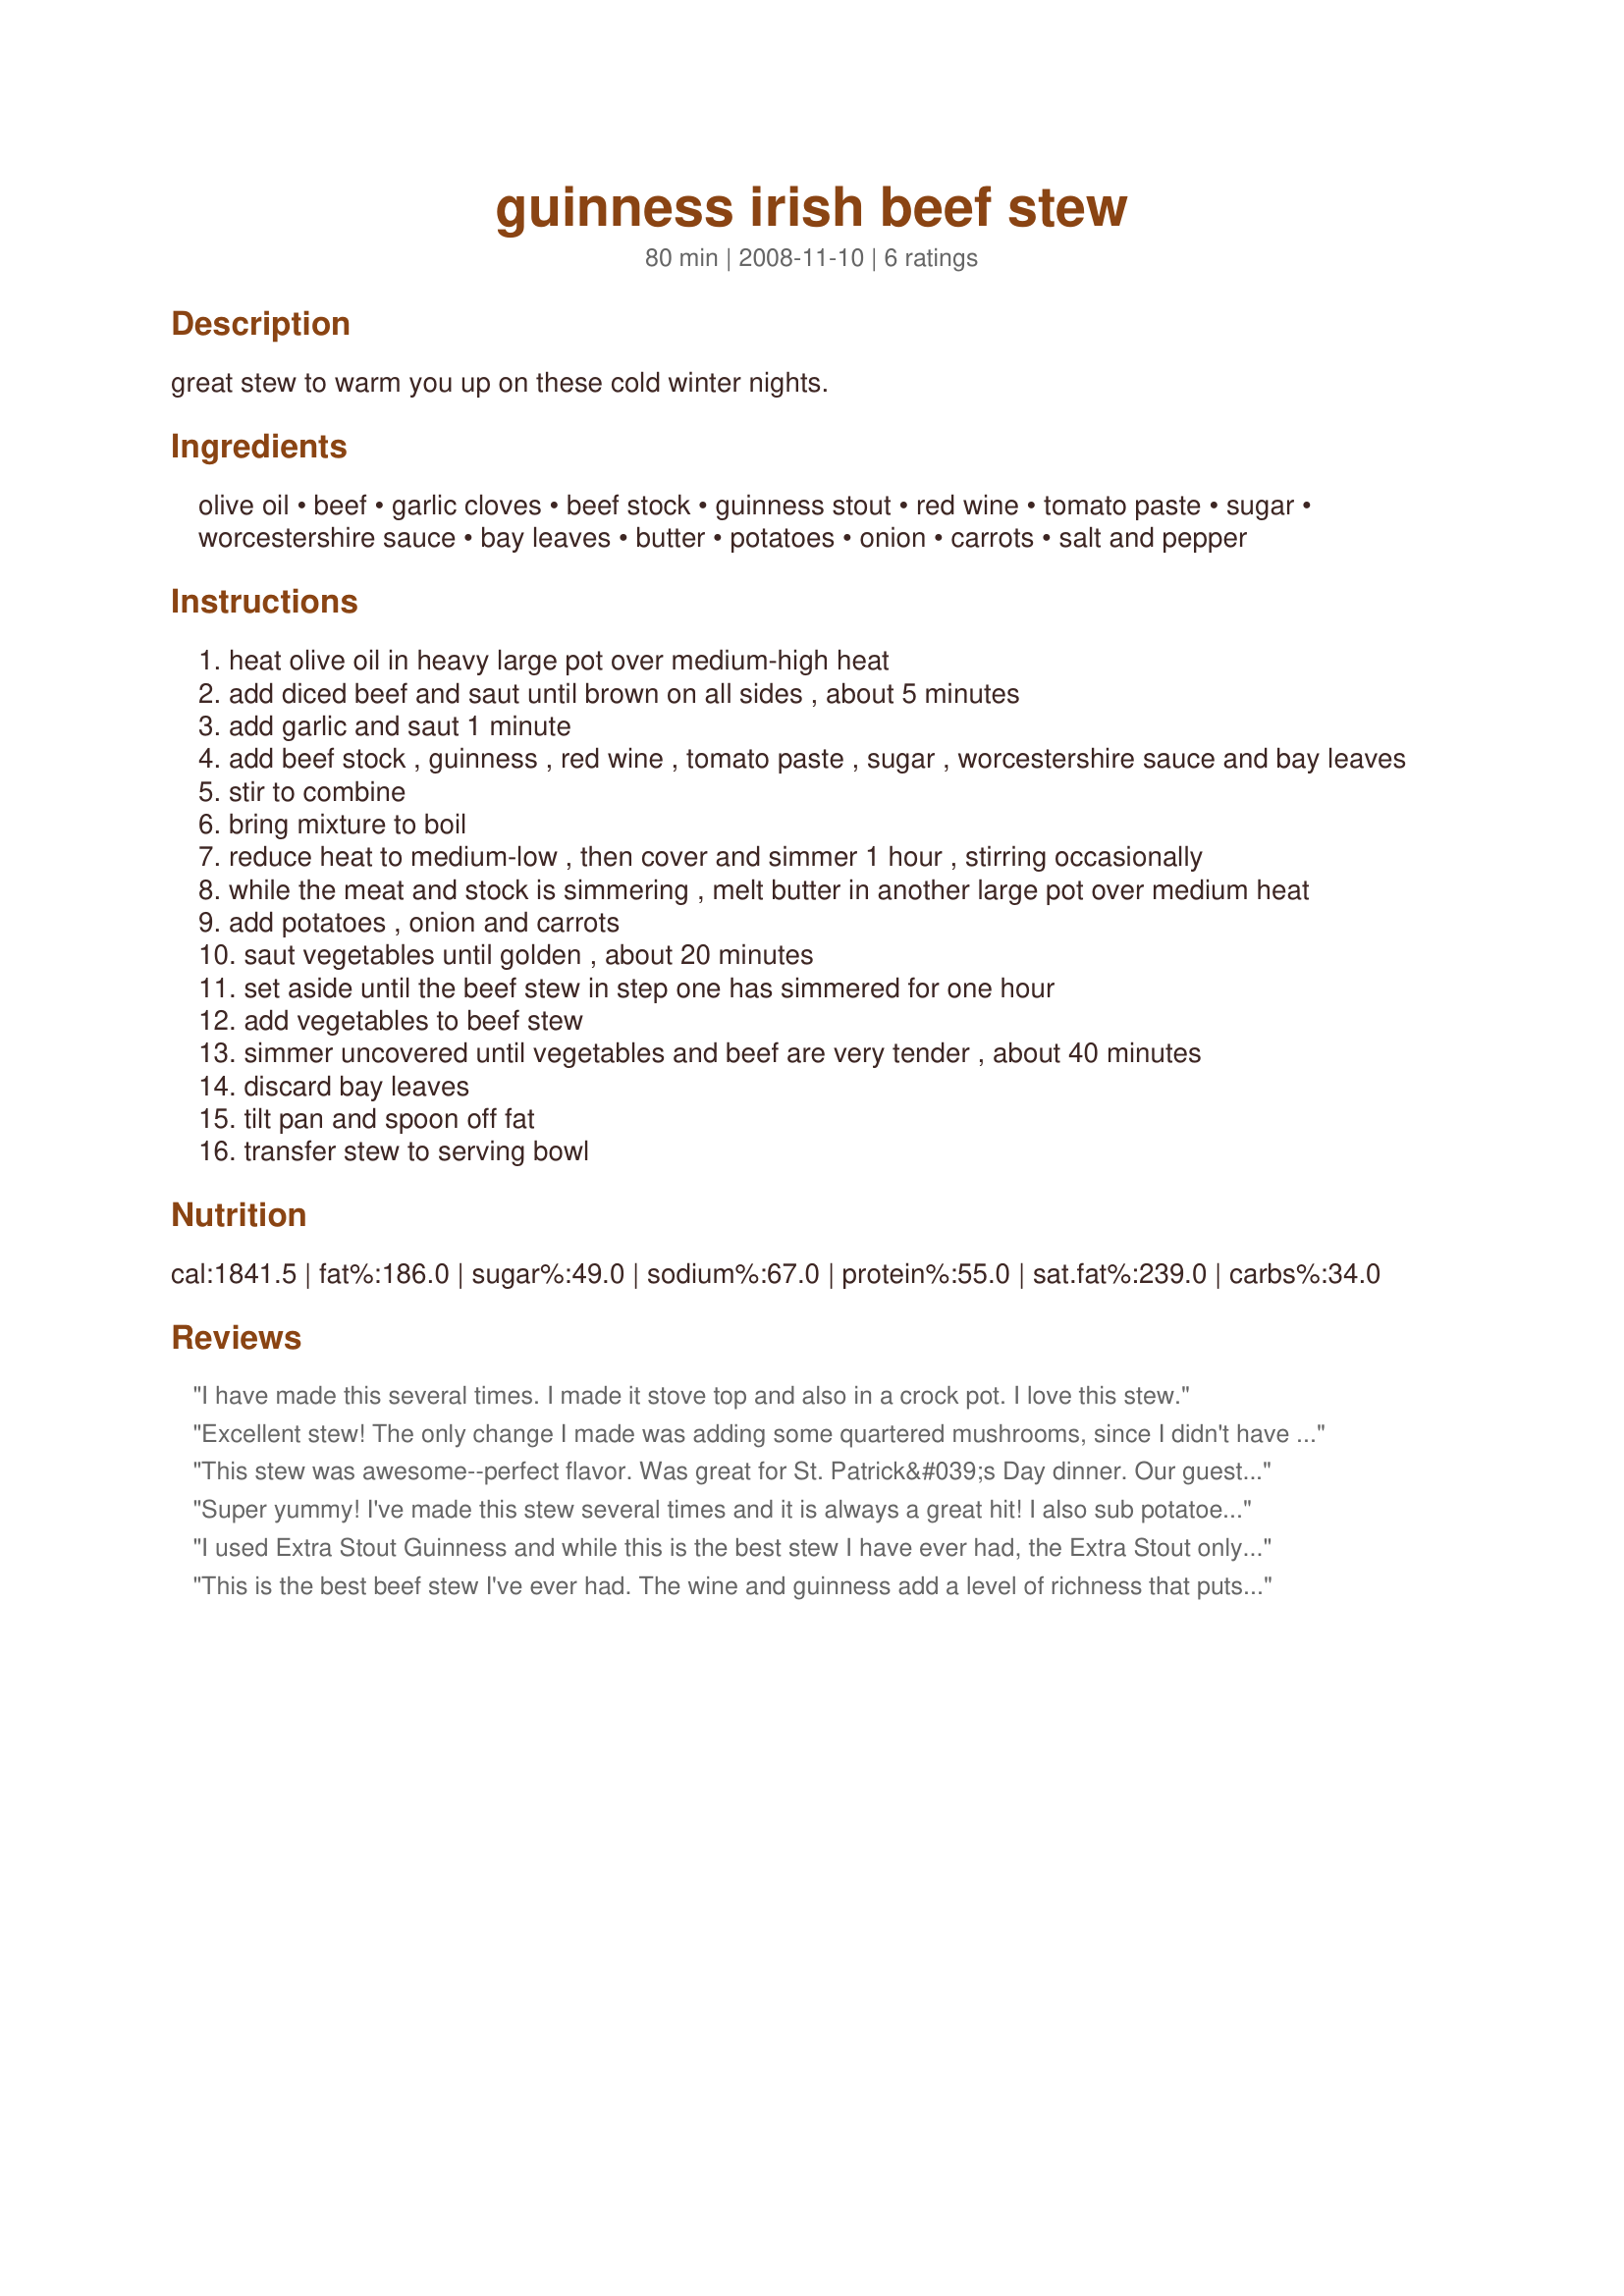
guinness irish beef stew
Preparation time: 80 minutes

great stew to warm you up on these cold winter nights.

Ingredients:
olive oil, beef, garlic cloves, beef stock, guinness stout, red wine, tomato paste, sugar, worcestershire sauce, bay leaves, butter, potatoes, onion, carrots, salt and pepper

Steps:
heat olive oil in heavy large pot over medium-high heat
add diced beef and saut until brown on all sides , about 5 minutes
add garlic and saut 1 minute
add beef stock , guinness , red wine , tomato paste , sugar , worcestershire sauce and bay leaves
stir to combine
bring mixture to boil
reduce heat to medium-low , then cover and simmer 1 hour , stirring occasionally
while the meat and stock is simmering , melt butter in another large pot over medium heat
add potatoes , onion and carrots
saut vegetables until golden , about 20 minutes
set aside until the beef stew in step one has simmered for one hour
add vegetables to beef stew
simmer uncovered until vegetables and beef are very tender , about 40 minutes
discard bay leaves
tilt pan and spoon off fat
transfer stew to serving bowl

Reviews:
I have made this several times. I made it stove top and also in a crock pot. I love this stew.
Excellent stew! The only change I made was adding some quartered mushrooms, since I didn't have quite enough stew meat. Rich flavor and brothy, more like a soup. Would be good with lamb, also!
This stew was awesome--perfect flavor. Was great for St. Patrick&#039;s Day dinner. Our guests really liked it too. I think next time I will increase the ratio of meat/carrots to broth, just so it is a little more hearty. I would give it plenty of time to cook down to intensify the flavor!
Super yummy! I've made this stew several times and it is always a great hit! I also sub potatoes for barely for a whole grain alternative.
I used Extra Stout Guinness and while this is the best stew I have ever had, the Extra Stout only compliments the flavor even more.
This is the best beef stew I've ever had. The wine and guinness add a level of richness that puts this above the rest.
